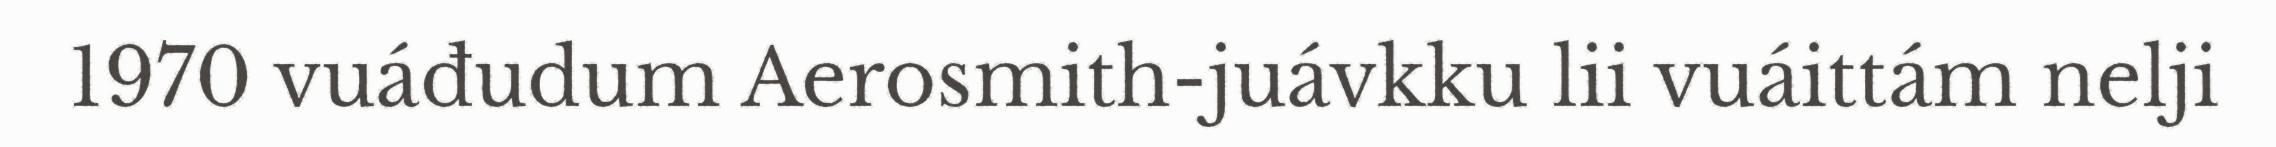
1970 vuáđudum Aerosmith-juávkku lii vuáittám nelji